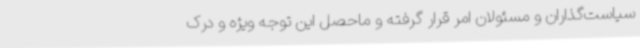
سیاست‌گذاران و مسئولان امر قرار گرفته و ماحصل این توجه ویژه و درک